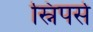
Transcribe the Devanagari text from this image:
स्निपर्स